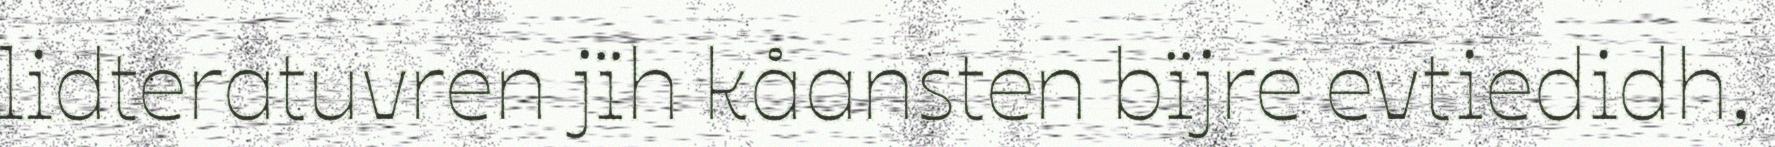
lidteratuvren jïh kåansten bïjre evtiedidh,